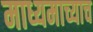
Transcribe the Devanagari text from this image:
माध्यमाच्याच